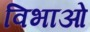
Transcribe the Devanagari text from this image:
विभाओ